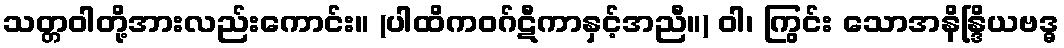
သတ္တဝါတို့အားလည်းကောင်း။ (ပါထိကဝဂ်ဋီကာနှင့်အညီ။) ဝါ၊ ကြွင်း သောအနိန္ဒြိယဗဒ္ဓ